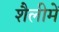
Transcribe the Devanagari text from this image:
शैलीमें